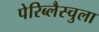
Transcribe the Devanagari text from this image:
पेरिब्लैस्चुला